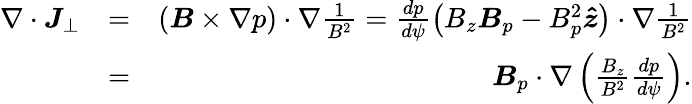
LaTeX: \begin{array}{rlr}{\nabla\cdot\boldsymbol{J}_{\perp}}&{=}&{\left(\boldsymbol{B}\times\nabla p\right)\cdot\nabla\frac{1}{B^{2}}=\frac{dp}{d\psi}\left(B_{z}\boldsymbol{B}_{p}-B_{p}^{2}\boldsymbol{\hat{z}}\right)\cdot\nabla\frac{1}{B^{2}}}\\ &{=}&{\boldsymbol{B}_{p}\cdot\nabla\left(\frac{B_{z}}{B^{2}}\frac{dp}{d\psi}\right).}\end{array}